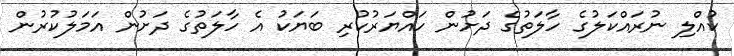
ކުއްލި ނުރައްކަލުގެ ހާލަތުގެ ދަށުން ހައްޔަރުކުރި ބަޔަކު އެ ހާލަތުގެ ދަށުން އަމަލުކުރުން